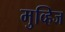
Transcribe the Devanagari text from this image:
मुव्हिज